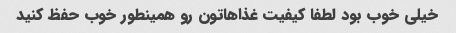
خیلی خوب بود لطفا کیفیت غذاهاتون رو همینطور خوب حفظ کنید